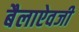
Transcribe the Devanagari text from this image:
बैलाऐवजी